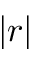
| r |